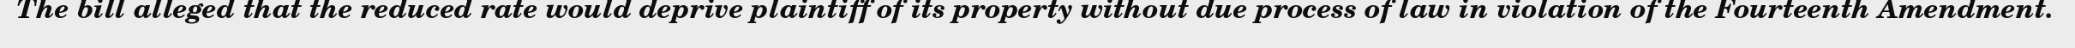
The bill alleged that the reduced rate would deprive plaintiff of its property without due process of law in violation of the Fourteenth Amendment.